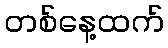
တစ်နေ့ထက်